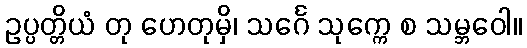
ဥပ္ပတ္တိယံ တု ဟေတုမှိ၊ သင်္ဂေ သုက္ကေ စ သမ္ဘဝေါ။